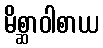
မိစ္ဆာဝါစာယ